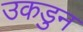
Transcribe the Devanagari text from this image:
उकडुन